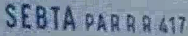
SEBTA PARRR417